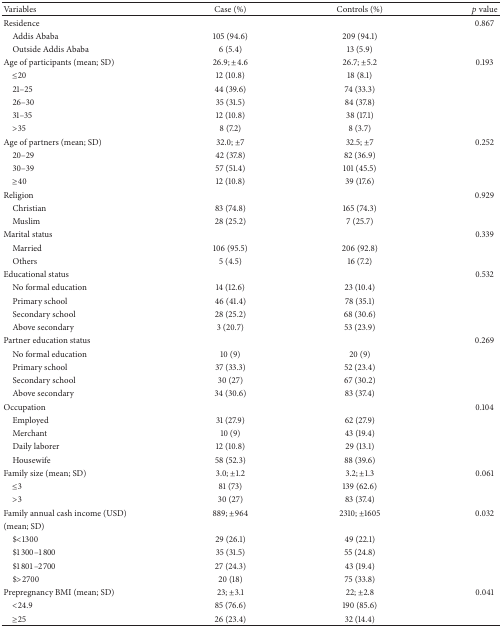
<table><thead><tr><td><b>Variables</b></td><td><b>Case (%)</b></td><td><b>Controls (%)</b></td><td><b><i>p</i> value</b></td></tr></thead><tbody><tr><td>Residence</td><td> </td><td> </td><td>0.867</td></tr><tr><td> Addis Ababa</td><td>105 (94.6)</td><td>209 (94.1)</td><td> </td></tr><tr><td> Outside Addis Ababa</td><td>6 (5.4)</td><td>13 (5.9)</td><td> </td></tr><tr><td>Age of participants (mean; SD)</td><td>26.9; ±4.6</td><td>26.7; ±5.2</td><td>0.193</td></tr><tr><td> ≤20</td><td>12 (10.8)</td><td>18 (8.1)</td><td> </td></tr><tr><td> 21–25</td><td>44 (39.6)</td><td>74 (33.3)</td><td> </td></tr><tr><td> 26–30</td><td>35 (31.5)</td><td>84 (37.8)</td><td> </td></tr><tr><td> 31–35</td><td>12 (10.8)</td><td>38 (17.1)</td><td> </td></tr><tr><td> &gt;35</td><td>8 (7.2)</td><td>8 (3.7)</td><td> </td></tr><tr><td>Age of partners (mean; SD)</td><td>32.0; ±7</td><td>32.5; ±7</td><td>0.252</td></tr><tr><td> 20–29</td><td>42 (37.8)</td><td>82 (36.9)</td><td> </td></tr><tr><td> 30–39</td><td>57 (51.4)</td><td>101 (45.5)</td><td> </td></tr><tr><td> ≥40</td><td>12 (10.8)</td><td>39 (17.6)</td><td> </td></tr><tr><td>Religion</td><td> </td><td> </td><td>0.929</td></tr><tr><td> Christian</td><td>83 (74.8)</td><td>165 (74.3)</td><td> </td></tr><tr><td> Muslim</td><td>28 (25.2)</td><td>7 (25.7)</td><td> </td></tr><tr><td>Marital status</td><td> </td><td> </td><td>0.339</td></tr><tr><td> Married</td><td>106 (95.5)</td><td>206 (92.8)</td><td> </td></tr><tr><td> Others</td><td>5 (4.5)</td><td>16 (7.2)</td><td> </td></tr><tr><td>Educational status</td><td> </td><td> </td><td>0.532</td></tr><tr><td> No formal education</td><td>14 (12.6)</td><td>23 (10.4)</td><td> </td></tr><tr><td> Primary school</td><td>46 (41.4)</td><td>78 (35.1)</td><td> </td></tr><tr><td> Secondary school</td><td>28 (25.2)</td><td>68 (30.6)</td><td> </td></tr><tr><td> Above secondary</td><td>3 (20.7)</td><td>53 (23.9)</td><td> </td></tr><tr><td>Partner education status</td><td> </td><td> </td><td>0.269</td></tr><tr><td> No formal education</td><td>10 (9)</td><td>20 (9)</td><td> </td></tr><tr><td> Primary school</td><td>37 (33.3)</td><td>52 (23.4)</td><td> </td></tr><tr><td> Secondary school</td><td>30 (27)</td><td>67 (30.2)</td><td> </td></tr><tr><td> Above secondary</td><td>34 (30.6)</td><td>83 (37.4)</td><td> </td></tr><tr><td>Occupation</td><td> </td><td> </td><td>0.104</td></tr><tr><td> Employed</td><td>31 (27.9)</td><td>62 (27.9)</td><td> </td></tr><tr><td> Merchant</td><td>10 (9)</td><td>43 (19.4)</td><td> </td></tr><tr><td> Daily laborer</td><td>12 (10.8)</td><td>29 (13.1)</td><td> </td></tr><tr><td> Housewife</td><td>58 (52.3)</td><td>88 (39.6)</td><td> </td></tr><tr><td>Family size (mean; SD)</td><td>3.0; ±1.2</td><td>3.2; ±1.3</td><td>0.061</td></tr><tr><td> ≤3</td><td>81 (73)</td><td>139 (62.6)</td><td> </td></tr><tr><td> &gt;3</td><td>30 (27)</td><td>83 (37.4)</td><td> </td></tr><tr><td>Family annual cash income (USD) </td><td>889; ±964</td><td>2310; ±1605</td><td>0.032</td></tr><tr><td>(mean; SD)</td><td> </td><td> </td><td> </td></tr><tr><td> $&lt;1300</td><td>29 (26.1)</td><td>49 (22.1)</td><td> </td></tr><tr><td> $1300–1800</td><td>35 (31.5)</td><td>55 (24.8)</td><td> </td></tr><tr><td> $1801–2700</td><td>27 (24.3)</td><td>43 (19.4)</td><td> </td></tr><tr><td> $&gt;2700</td><td>20 (18)</td><td>75 (33.8)</td><td> </td></tr><tr><td>Prepregnancy BMI (mean; SD)</td><td>23; ±3.1</td><td>22; ±2.8</td><td>0.041</td></tr><tr><td> &lt;24.9</td><td>85 (76.6)</td><td>190 (85.6)</td><td> </td></tr><tr><td> ≥25</td><td>26 (23.4)</td><td>32 (14.4)</td><td> </td></tr></tbody></table>